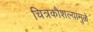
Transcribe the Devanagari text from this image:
चित्रकौशल्यामुळे